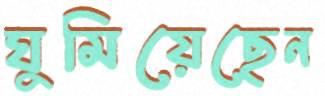
ঘুমিয়েছেন